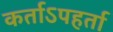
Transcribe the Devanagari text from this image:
कर्ताऽपहर्ता